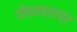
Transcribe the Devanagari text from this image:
जीवनव्याघ्र